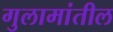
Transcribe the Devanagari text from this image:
गुलामांतील